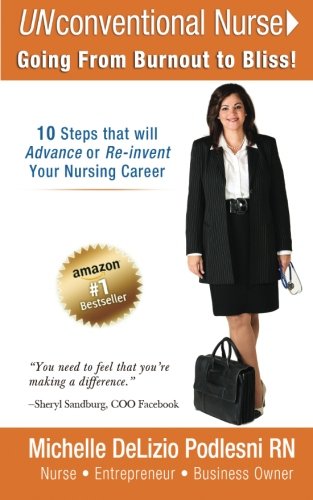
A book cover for UNconventional Nurse: Going from Burnout to Bliss!; Michelle DeLizio Podlesni; Medical Books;